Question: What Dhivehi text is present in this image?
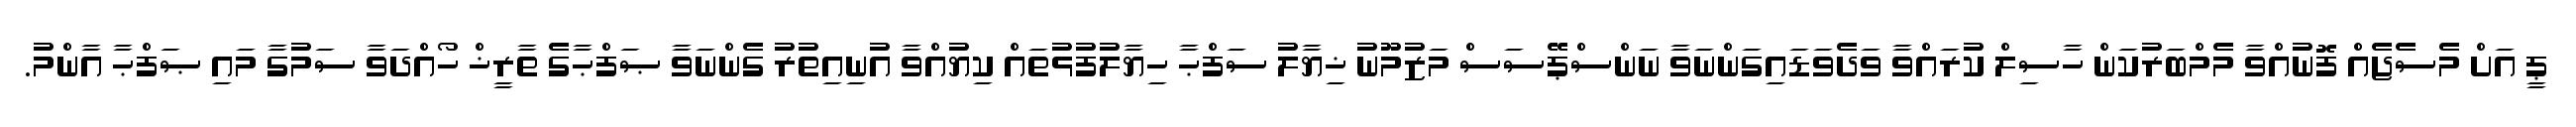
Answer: ޕީ އަށް މެސެޖެއް ފޮނުއްވާ މެމްބަރުކަން ހާސިލް ކުރައްވާ ވަދެވަޑައިގަންނަވާ ނަންސްޕޭސަސް މަޒުމޫނު ޚިޔާލު ސަފްޙާ ހިޔާލުފުޅުތައް ކިޔުއްވާ އުނިއިތުރު ގެންނަވާ ޞަފްޙާގެ ތާރީޚް ހޯއްދަވާ ސަމުގާ މައި ޞަފްޙާ އާންމު.